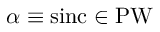
\alpha \equiv \operatorname { s i n c } \in \operatorname { P W }